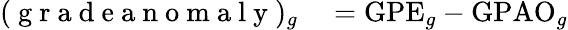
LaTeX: \begin{array}{rl}{(\mathrm{~g~r~a~d~e~a~n~o~m~a~l~y~})_{g}}&{{}=\mathrm{GPE}_{g}-\mathrm{GPAO}_{g}}\end{array}